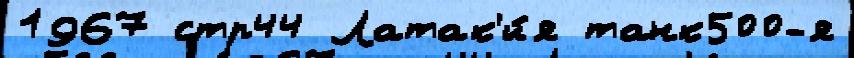
1967 стр44 Латак'и́я танк500-я